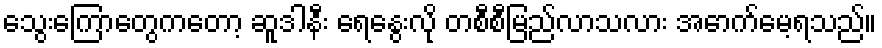
သွေးကြောတွေကတော့ ဆူဒါနီး ရေနွေးလို တစီစီမြည်လာသလား အောက်မေ့ရသည်။